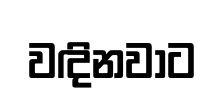
වඳිනවාට